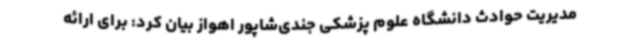
مدیریت حوادث دانشگاه علوم پزشکی جندی‌شاپور اهواز بیان کرد: برای ارائه